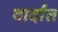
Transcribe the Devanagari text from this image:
वार्दात